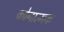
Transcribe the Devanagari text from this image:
कोनात्मक